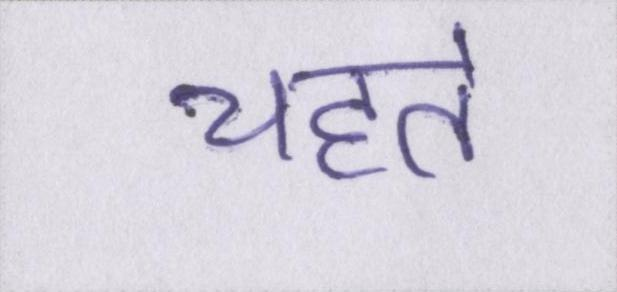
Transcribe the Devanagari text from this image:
चहेते